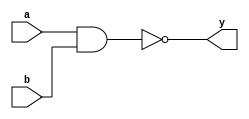
module nand_gate_delay(
    input wire a,
    input wire b,
    output reg y,
    // Insert delay parameter here
);

parameter delay = 10; // Define delay in number of time units

always @ (a or b)
begin
    #delay y = ~(a & b);
end

endmodule